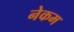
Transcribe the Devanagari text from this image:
नेकम